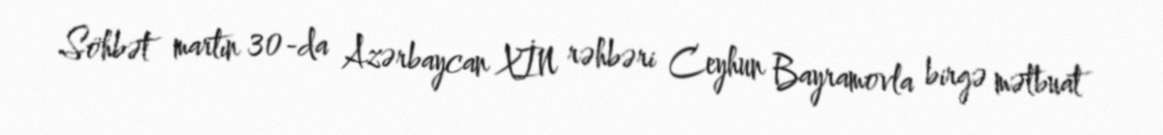
Söhbət martın 30-da Azərbaycan XİN rəhbəri Ceyhun Bayramovla birgə mətbuat